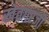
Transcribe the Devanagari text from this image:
खेवगरजी